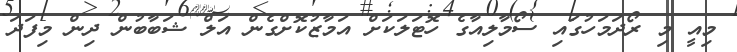
މިއީ މި ރޯދަމަހުގައި ސޯމާލިއާގެ ހޮޓަލަކަށް އަމާޒުކޮށްގެން އަލް ޝަބާބުން ދިން މިފަދަ